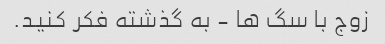
زوج با سگ ها - به گذشته فکر کنید.